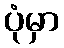
ပုံမှာ